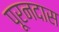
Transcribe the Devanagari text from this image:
पूरनदास